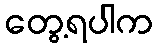
တွေ့ရပါက